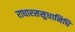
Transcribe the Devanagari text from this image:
राधारससुधानिधि